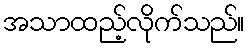
အသာထည့်လိုက်သည်။